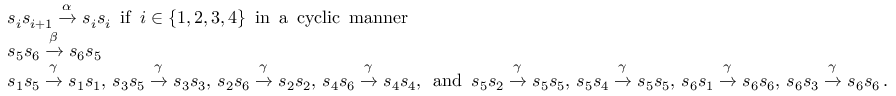
\begin{array} { r l } & { s _ { i } s _ { i + 1 } \xrightarrow { \alpha } s _ { i } s _ { i } \, \, \, \mathrm { i f } \, \, \, i \in \{ 1 , 2 , 3 , 4 \} \, \, \, \mathrm { i n \, \, \, a \, \, \, c y c l i c \, \, \, m a n n e r } } \\ & { s _ { 5 } s _ { 6 } \xrightarrow { \beta } s _ { 6 } s _ { 5 } } \\ & { s _ { 1 } s _ { 5 } \xrightarrow { \gamma } s _ { 1 } s _ { 1 } , \, s _ { 3 } s _ { 5 } \xrightarrow { \gamma } s _ { 3 } s _ { 3 } , \, s _ { 2 } s _ { 6 } \xrightarrow { \gamma } s _ { 2 } s _ { 2 } , \, s _ { 4 } s _ { 6 } \xrightarrow { \gamma } s _ { 4 } s _ { 4 } , \, \, \, \mathrm { a n d } \, \, \, s _ { 5 } s _ { 2 } \xrightarrow { \gamma } s _ { 5 } s _ { 5 } , \, s _ { 5 } s _ { 4 } \xrightarrow { \gamma } s _ { 5 } s _ { 5 } , \, s _ { 6 } s _ { 1 } \xrightarrow { \gamma } s _ { 6 } s _ { 6 } , \, s _ { 6 } s _ { 3 } \xrightarrow { \gamma } s _ { 6 } s _ { 6 } \, . } \end{array}